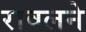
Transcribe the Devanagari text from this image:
रावलने